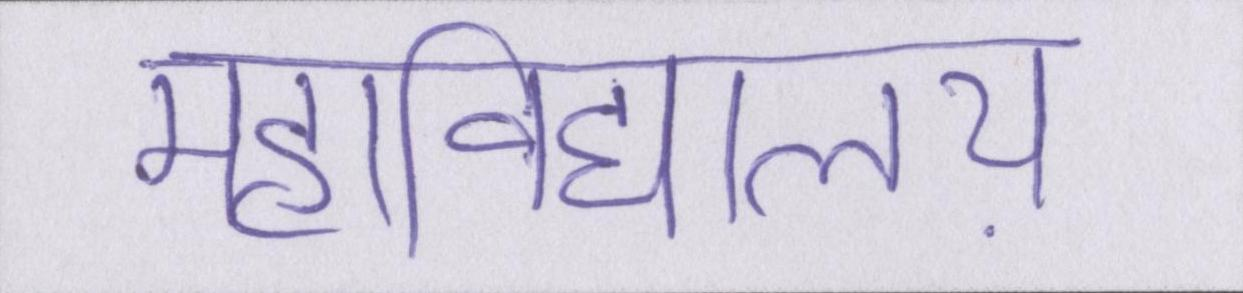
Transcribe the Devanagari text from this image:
महाविद्यालय़